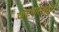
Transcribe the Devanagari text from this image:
करणाराही